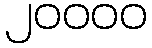
၂၀၀၀၀